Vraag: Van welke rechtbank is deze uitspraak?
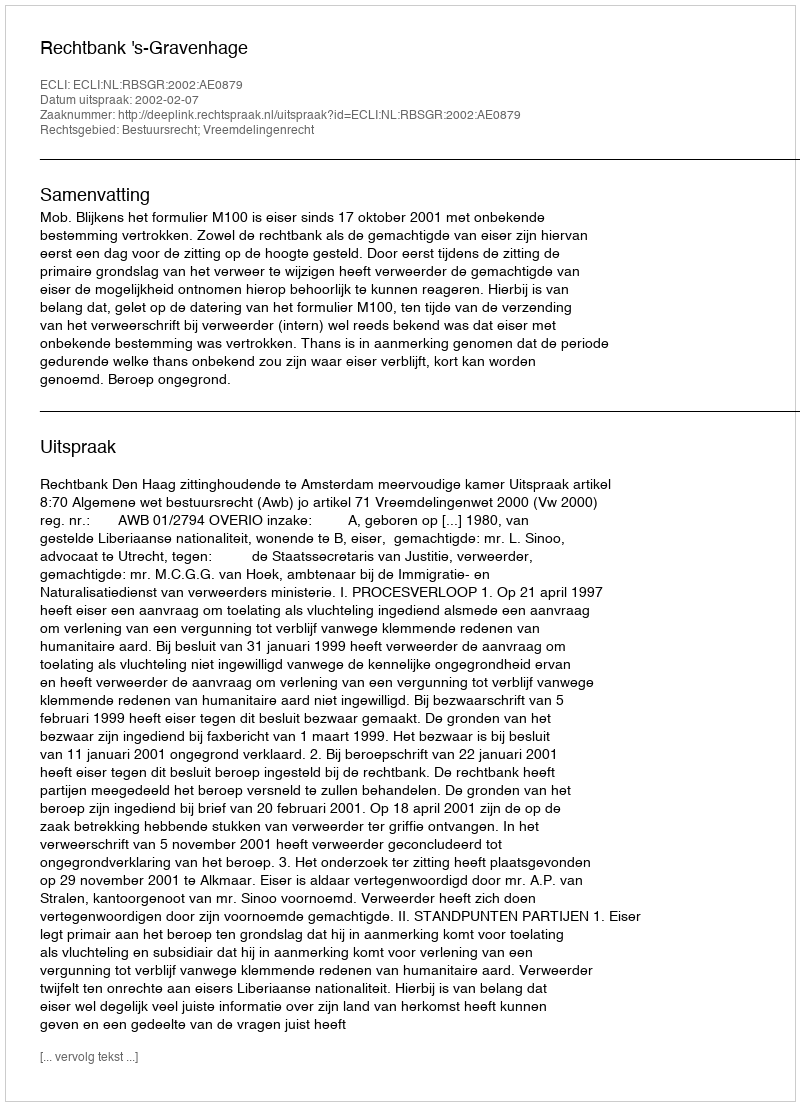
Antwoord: Rechtbank 's-Gravenhage